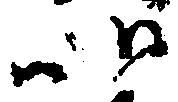
以